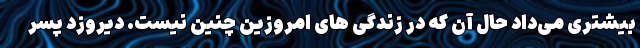
بیشتری می‌داد حال آن که در زندگی های امروزین چنین نیست. دیروزد پسر